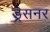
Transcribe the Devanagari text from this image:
ड्रेसनर